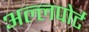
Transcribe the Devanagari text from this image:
अल्लपोर्ट